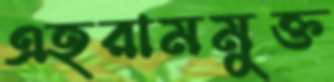
এহরামমুক্ত